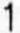
1